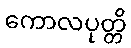
ကောလပုတ္တိ